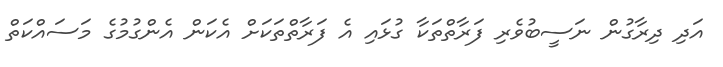
އަދި ދިރާގުން ނަސީބުވެރި ފަރާތްތަކާ ގުޅައި އެ ފަރާތްތަކަށް އެކަން އެންގުމުގެ މަސައްކަތް